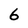
Character: 6